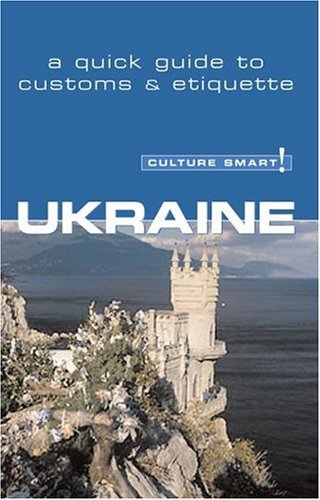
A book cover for Culture Smart! Ukraine (Culture Smart! The Essential Guide to Customs & Culture); Anna Shevchenko; Travel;